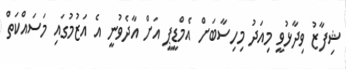
ޝިފާޒު ވިދާޅުވީ މިއަދު މިހިސާބަށް އެމްޑީޕީ އަށް އާދެވުނީ އެ އަޒުމުގައި މަސައްކަތް